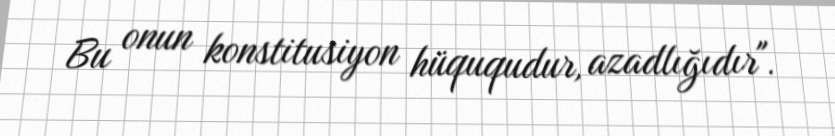
Bu onun konstitusiyon hüququdur, azadlığıdır".